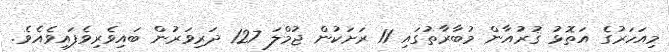
މިއަހަރުގެ އަތޮޅު ޤުރުއާން މުބާރާތުގައި 11 ރަށަކުން ޖުމްލަ 127 ދަރިވަރުން ބައިވެރިވެފައިވެއެވެ.